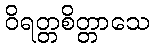
ဝိရတ္တစိတ္တာသေ